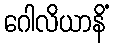
ဂေါလိယာနိံ